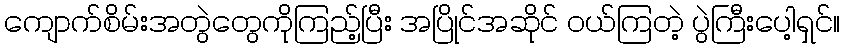
ကျောက်စိမ်းအတွဲတွေကိုကြည့်ပြီး အပြိုင်အဆိုင် ဝယ်ကြတဲ့ ပွဲကြီးပေါ့ရှင်။